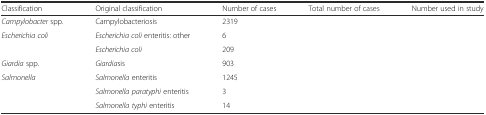
<table><thead><tr><td><b>Classification</b></td><td><b>Original classification</b></td><td><b>Number of cases</b></td><td><b>Total number of cases</b></td><td><b>Number used in study</b></td></tr></thead><tbody><tr><td><i>Campylobacter</i> spp.</td><td>Campylobacteriosis</td><td>2319</td><td>[EMPTY_CELL]</td><td>[EMPTY_CELL]</td></tr><tr><td rowspan="2"><i>Escherichia coli</i></td><td><i>Escherichia coli</i> enteritis: other</td><td>6</td><td>[EMPTY_CELL]</td><td>[EMPTY_CELL]</td></tr><tr><td><i>Escherichia coli</i></td><td>209</td><td>[EMPTY_CELL]</td><td>[EMPTY_CELL]</td></tr><tr><td><i>Giardia</i> spp.</td><td><i>Giardia</i>sis</td><td>903</td><td>[EMPTY_CELL]</td><td>[EMPTY_CELL]</td></tr><tr><td rowspan="3"><i>Salmonella</i></td><td><i>Salmonella</i> enteritis</td><td>1245</td><td>[EMPTY_CELL]</td><td>[EMPTY_CELL]</td></tr><tr><td><i>Salmonella paratyphi</i> enteritis</td><td>3</td><td>[EMPTY_CELL]</td><td>[EMPTY_CELL]</td></tr><tr><td><i>Salmonella typhi</i> enteritis</td><td>14</td><td>[EMPTY_CELL]</td><td>[EMPTY_CELL]</td></tr></tbody></table>